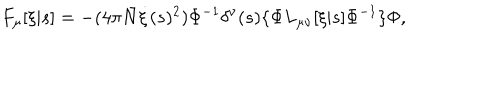
F _ { \mu } [ \xi | s ] = - ( 4 \pi { \bar { N } } \dot { \xi } ( s ) ^ { 2 } ) \Phi ^ { - 1 } \delta ^ { \nu } ( s ) \{ \Phi L _ { \mu \nu } [ \xi | s ] \Phi ^ { - 1 } \} \Phi ,